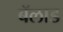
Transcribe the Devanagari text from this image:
बॅलाड